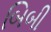
બિબી